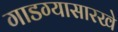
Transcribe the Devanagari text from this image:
गाडग्यासारखे